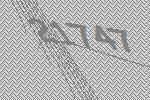
21747